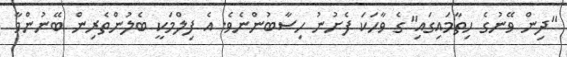
"ދިން ވޭނުގެ ހިތާމައިގައި"ގެ ވާހަކަ ފެށުނު ހިސާބުންނެވެ. އެ ފިލްމަކީ ބެލުންތެރިން ބޭނުންވާ